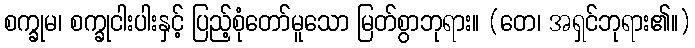
စက္ခုမ၊ စက္ခုငါးပါးနှင့် ပြည့်စုံတော်မူသော မြတ်စွာဘုရား။ (တေ၊ အရှင်ဘုရား၏။)